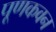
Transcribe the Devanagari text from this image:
पूणकवन